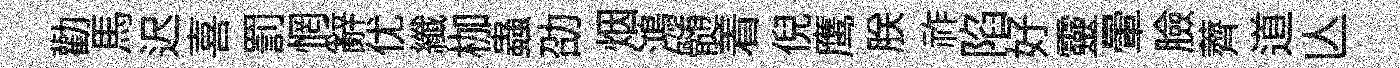
勸馬迟喜罰惘辭优纖枷蟲劭烟鴻髄着倪鹰朕祚陷好靈暈臉薺道亾